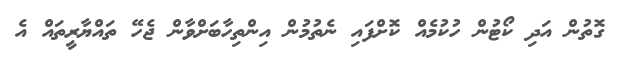
ގޮތުން އަދި ކޯޓުން ހުކުމެއް ކޮށްފައި ނެތުމުން އިންތިހާބަށްވާން ޖެހޭ ތައްޔާރީތައް އެ